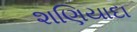
શણિયાદા